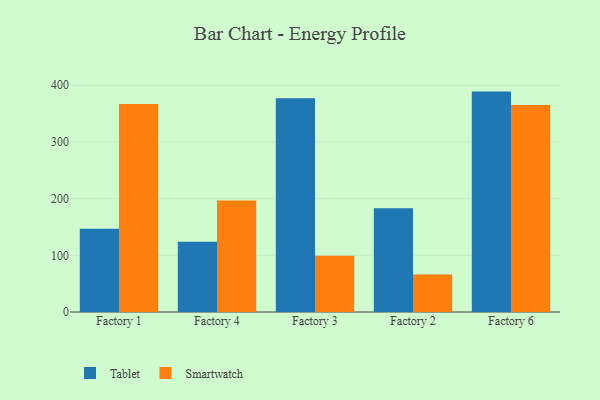
{"axis": {"x": "Factory", "y": "Revenue (USD Million)"}, "legend": ["Smartwatch", "Tablet"], "data": [{"x": "Factory 1", "y": 146.8, "type": "Tablet"}, {"x": "Factory 1", "y": 367.0, "type": "Smartwatch"}, {"x": "Factory 4", "y": 124.1, "type": "Tablet"}, {"x": "Factory 4", "y": 196.7, "type": "Smartwatch"}, {"x": "Factory 3", "y": 377.1, "type": "Tablet"}, {"x": "Factory 3", "y": 99.4, "type": "Smartwatch"}, {"x": "Factory 2", "y": 183.2, "type": "Tablet"}, {"x": "Factory 2", "y": 66.0, "type": "Smartwatch"}, {"x": "Factory 6", "y": 388.8, "type": "Tablet"}, {"x": "Factory 6", "y": 365.0, "type": "Smartwatch"}]}